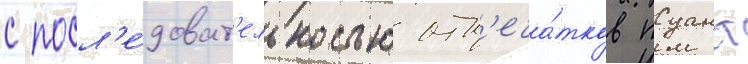
с посл'е́доват'ельностью отп'еча́тков пуант